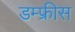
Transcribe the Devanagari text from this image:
डम्फ्रीस